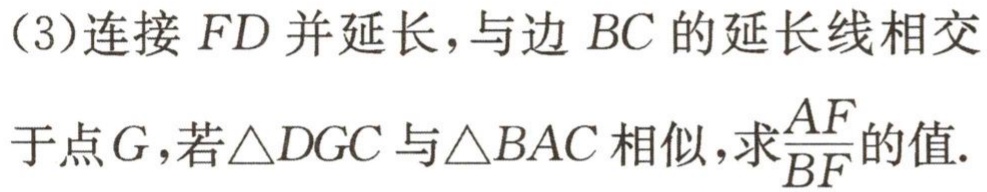
(3)连接 \(FD\) 并延长，与边 \(BC\) 的延长线相交
于点 \(G\)，若\(\triangle DGC\) 与\(\triangle BAC\) 相似，求\(\frac{AF}{BF}\)的值.